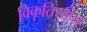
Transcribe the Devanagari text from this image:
विकृतिरहित